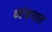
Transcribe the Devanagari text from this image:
व्यंजनात